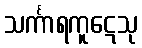
သင်္ကာရကူဋေသု